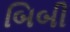
બિબી